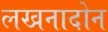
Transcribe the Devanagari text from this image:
लखनादोन